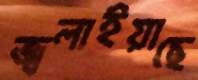
জ্বলাইয়াছে